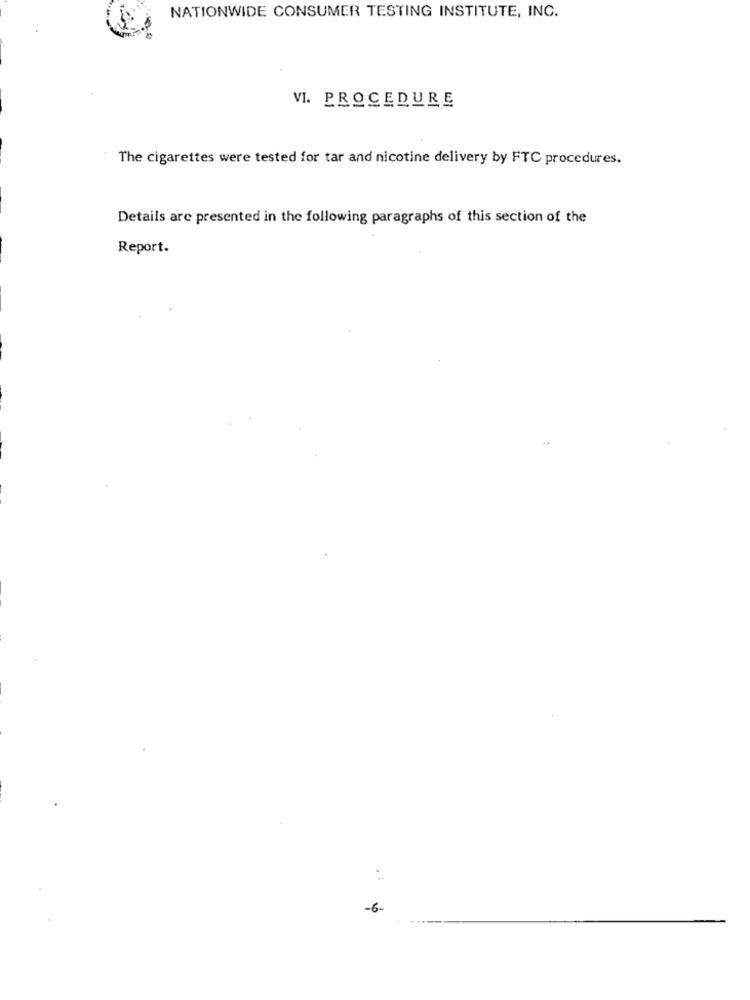
NATIONWIDE CONSUMER TESTING INSTITUTE, INC.
VI. PROCEDURE
The cigarettes were tested for tar and nicotine delivery by FTC procedures.
Details are presented in the following paragraphs of this section of the
Report.
-6-